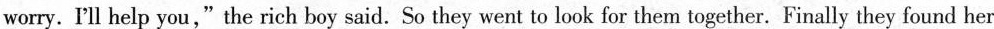
worry. I'll help you,"the rich boy said. So they went to look for them together. Finally they found her